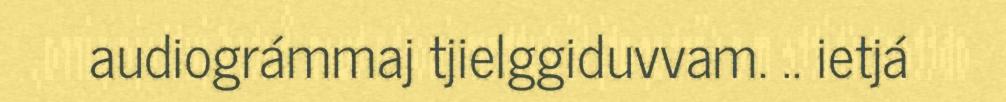
audiográmmaj tjielggiduvvam. .. ietjá